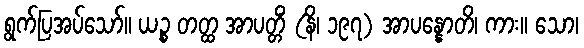
ရွက်ပြအပ်သော်။ ယဉ္စ တတ္ထ အာပတ္တိံ (နိ၊ ၁၉၇) အာပန္နောတိ၊ ကား။ သော၊